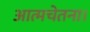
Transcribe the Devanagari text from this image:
आत्मचेतना।